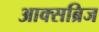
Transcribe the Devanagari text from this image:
आक्सब्रिज